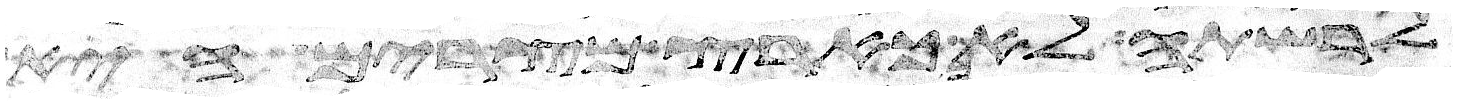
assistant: לרשתה לא כארץ מצרים היא